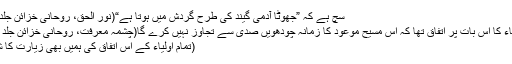
سچ ہے کہ ”جھوٹا آدمی گیند کی طرح گردش میں ہوتا ہے“(نور الحق، روحانی خزائن جلد 8 صفحہ 137))
اسلام کے تمام اولیاء کا اس بات پر اتفاق تھا کہ اس مسیح موعود کا زمانہ چودھویں صدی سے تجاوز نہیں کرے گا(چشمہ معرفت، روحانی خزائن جلد 23 صفحہ 333)
(تمام اولیاء کے اس اتفاق کی ہمیں بھی زیارت کا شرف بخشا جائے ۔